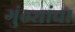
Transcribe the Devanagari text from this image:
गुंठ्यांचा